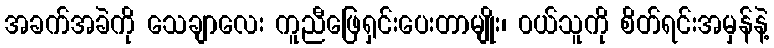
အခက်အခဲကို သေချာလေး ကူညီဖြေရှင်းပေးတာမျိုး၊ ၀ယ်သူကို စိတ်ရင်းအမှန်နဲ့